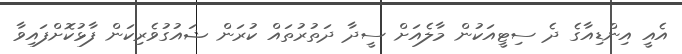
އެއީ އިންޑިއާގެ ދެ ސިޓީއަކުން މާލެއަށް ސީދާ ދަތުރުތައް ކުރަން ޝައުގުވެރިކަން ފާޅުކޮށްފައިވާ